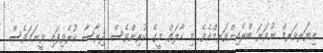
އިޔަރވަރމް ނުވަރަ ބްރެއިންވަރމްއެވެ. މި ހާލަތް މީގެ ކުރިންވެސް ދިރާސާ ކުރެވިފައި ވީނަމަވެސް